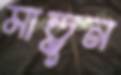
মাড়ুন